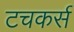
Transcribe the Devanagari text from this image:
टचकर्स